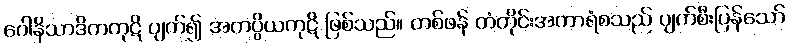
ဂေါနိသာဒိကကုဋိ ပျက်၍ အကပ္ပိယကုဋိ ဖြစ်သည်။ တစ်ဖန် တံတိုင်းအကာရံစသည် ပျက်စီးပြန်သော်